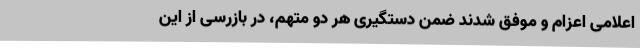
اعلامی اعزام و موفق شدند ضمن دستگیری هر دو متهم، در بازرسی از این